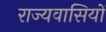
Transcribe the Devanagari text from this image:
राज्यवासियों